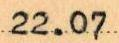
22.07